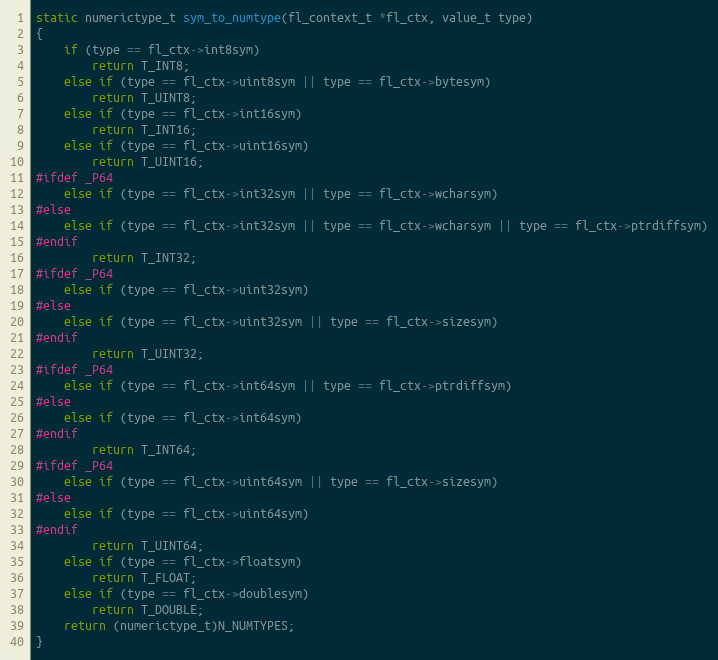
Language: C
static numerictype_t sym_to_numtype(fl_context_t *fl_ctx, value_t type)
{
    if (type == fl_ctx->int8sym)
        return T_INT8;
    else if (type == fl_ctx->uint8sym || type == fl_ctx->bytesym)
        return T_UINT8;
    else if (type == fl_ctx->int16sym)
        return T_INT16;
    else if (type == fl_ctx->uint16sym)
        return T_UINT16;
#ifdef _P64
    else if (type == fl_ctx->int32sym || type == fl_ctx->wcharsym)
#else
    else if (type == fl_ctx->int32sym || type == fl_ctx->wcharsym || type == fl_ctx->ptrdiffsym)
#endif
        return T_INT32;
#ifdef _P64
    else if (type == fl_ctx->uint32sym)
#else
    else if (type == fl_ctx->uint32sym || type == fl_ctx->sizesym)
#endif
        return T_UINT32;
#ifdef _P64
    else if (type == fl_ctx->int64sym || type == fl_ctx->ptrdiffsym)
#else
    else if (type == fl_ctx->int64sym)
#endif
        return T_INT64;
#ifdef _P64
    else if (type == fl_ctx->uint64sym || type == fl_ctx->sizesym)
#else
    else if (type == fl_ctx->uint64sym)
#endif
        return T_UINT64;
    else if (type == fl_ctx->floatsym)
        return T_FLOAT;
    else if (type == fl_ctx->doublesym)
        return T_DOUBLE;
    return (numerictype_t)N_NUMTYPES;
}